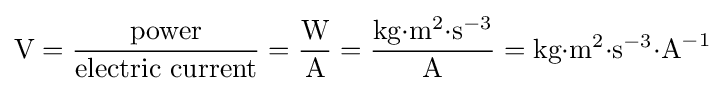
{\text{V}}={\frac {\text{power}}{\text{electric current}}}={\frac {\text{W}}{\text{A}}}={\frac {{\text{kg}}{\cdot }{\text{m}}^{2}{\cdot }{\text{s}}^{-3}}{\text{A}}}={\text{kg}}{\cdot }{\text{m}}^{2}{\cdot }{\text{s}}^{-3}{\cdot }{{\text{A}}^{-1}}